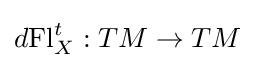
d\mathrm {Fl} _{X}^{t}:TM\to TM